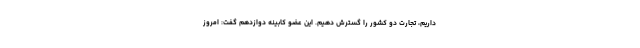
داریم، تجارت دو کشور را گسترش دهیم. این عضو کابینه دوازدهم گفت: امروز